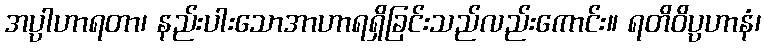
အပ္ပါဟာရတာ၊ နည်းပါးသောအာဟာရရှိခြင်းသည်လည်းကောင်း။ ရတိဝိပ္ပဟာနံ၊